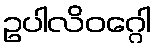
ဥပါလိဝဂ္ဂေါ